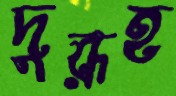
দুরূহ